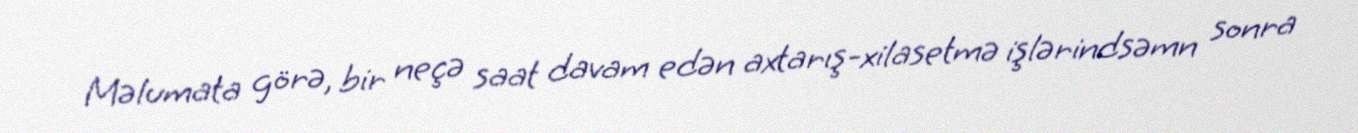
Məlumata görə, bir neçə saat davam edən axtarış-xilasetmə işlərindsəmn sonra